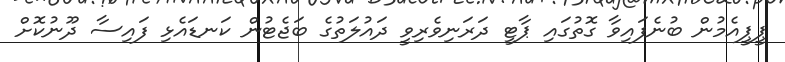
ޕީޕީއެމުން ބުނެފައިވާ ގޮތުގައި ޕާޓީ ދަރަނިވެރިވީ ދައުލަތުގެ ބަޖެޓުން ކަނޑައެޅި ފައިސާ ދޫނުކޮށް